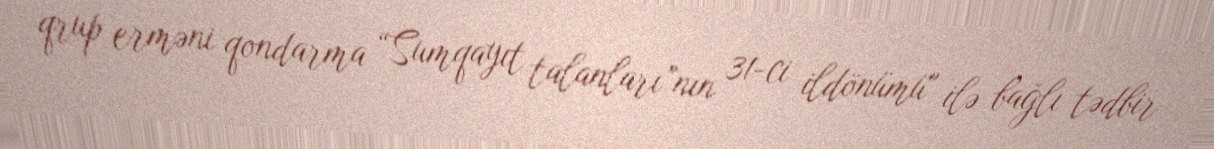
qrup erməni qondarma “Sumqayıt talanları”nın 31-ci ildönümü" ilə bağlı tədbir